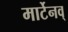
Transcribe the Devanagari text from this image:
मार्टेनव्